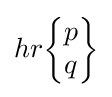
hr{\begin{Bmatrix}p\\q\end{Bmatrix}}